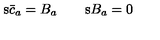
\mathrm { s } \bar { c } _ { a } = B _ { a } \qquad \mathrm { s } B _ { a } = 0